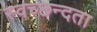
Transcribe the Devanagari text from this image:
स्‍वच्‍छन्‍दता